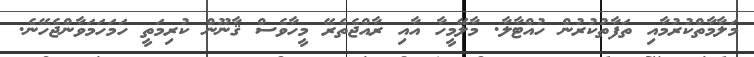
މަލާމާތްކުރުމާއި ތަފާތުކުރުން ހުއްޓާލާ. މާލޭމީހާ އާއި ރާއްޖެތެރޭ މީހާވެސް ޤާނޫން ކުރިމަތީ ހަމަހަމަވާންޖެހޭނެ.